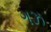
ગઝ